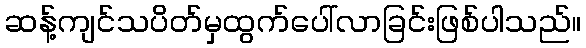
ဆန့်ကျင်သပိတ်မှထွက်ပေါ်လာခြင်းဖြစ်ပါသည်။